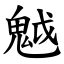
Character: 魆